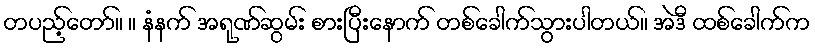
တပည့်တော်။ ။ နံနက် အရုဏ်ဆွမ်း စားပြီးနောက် တစ်ခေါက်သွားပါတယ်။ အဲဒီ ထစ်ခေါက်က